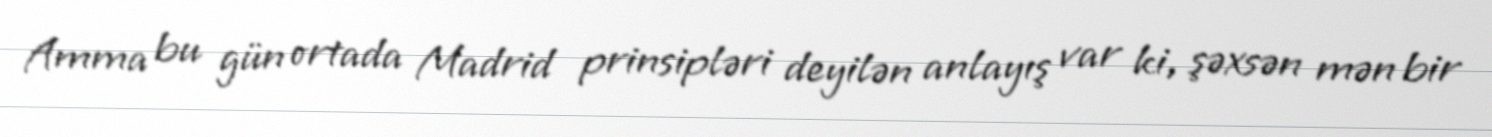
Amma bu gün ortada Madrid prinsipləri deyilən anlayış var ki, şəxsən mən bir